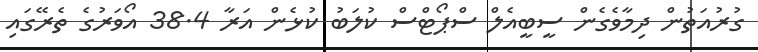
ގުރުއަތުން ދިމާވެގެން ސީބީއެލް ސްޕޯޓްސް ކުލަބު ކުޅެން އަރާ 38.4 އޯވަރުގެ ތެރޭގައި